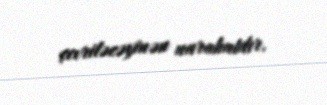
çevriləcəyinən narahatdır.